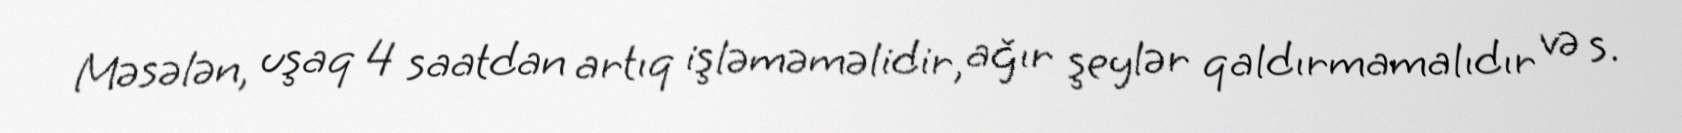
Məsələn, uşaq 4 saatdan artıq işləməməlidir, ağır şeylər qaldırmamalıdır və s.